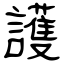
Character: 護